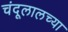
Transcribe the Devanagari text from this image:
चंदूलालच्या